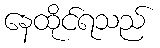
နေထိုင်ရသည်